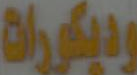
وديكورات